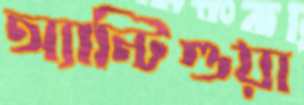
অ্যান্টিগুয়া